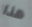
هذا